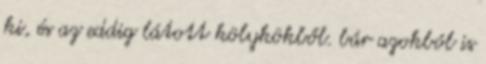
ki, és az eddig látott kölykökből. bár azokból is